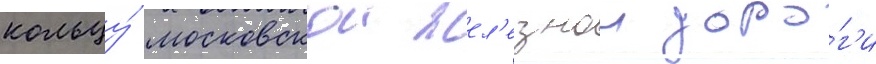
кольцу́ московскои жел'езнои доро́г'и